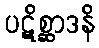
ပဋိစ္ဆာဒနိ